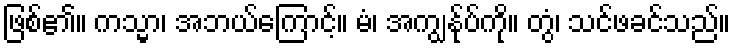
ဖြစ်၏။ ကသ္မာ၊ အဘယ်ကြောင့်။ မံ၊ အကျွန်ုပ်ကို။ တွံ၊ သင်ဖခင်သည်။